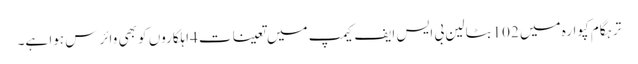
ترہگام کپوارہ میں 102بٹالین بی ایس ایف کیمپ میں تعینات 4اہلکاروں کو بھی وائرس ہوا ہے۔